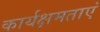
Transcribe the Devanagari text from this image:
कार्यक्षमताएं